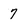
Character: 7